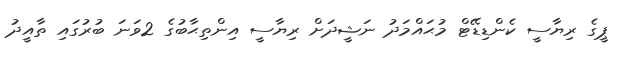
ޕީގެ ރިޔާސީ ކެންޑިޑޭޓް މުޙައްމަދު ނަޝީދަށް ރިޔާސީ އިންތިޙާބުގެ 2ވަނަ ބުރުގައި ތާއީދު